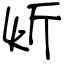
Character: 炘